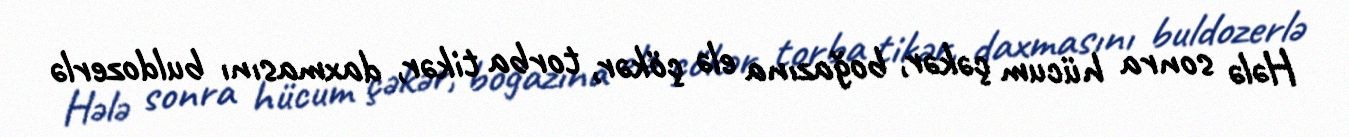
Hələ sonra hücum çəkər, boğazına elə çökər, torba tikər, daxmasını buldozerlə